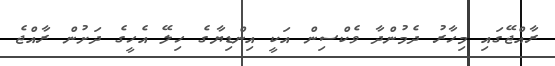
ރާއްޖޭގައި މިހާރު ދެމުންދާ ވެކްސިން އަކީ އިންޑިޔާގެ ހިލޭ އެހީގެ ދަށުން ރާއްޖެ